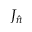
J _ { \hat { n } }